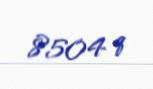
8504 q